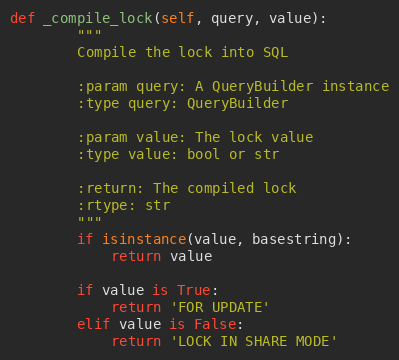
Language: Python
def _compile_lock(self, query, value):
        """
        Compile the lock into SQL

        :param query: A QueryBuilder instance
        :type query: QueryBuilder

        :param value: The lock value
        :type value: bool or str

        :return: The compiled lock
        :rtype: str
        """
        if isinstance(value, basestring):
            return value

        if value is True:
            return 'FOR UPDATE'
        elif value is False:
            return 'LOCK IN SHARE MODE'